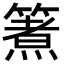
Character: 𮆈